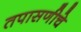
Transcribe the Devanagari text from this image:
तपासणीचे